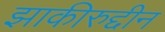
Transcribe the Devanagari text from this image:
झाकीरुद्दीन